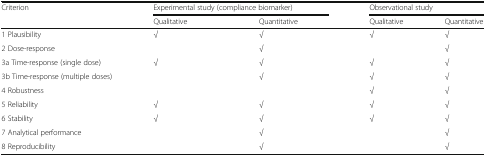
<table><thead><tr><td rowspan="2"><b>Criterion</b></td><td colspan="2"><b>Experimental study (compliance biomarker)</b></td><td colspan="2"><b>Observational study</b></td></tr><tr><td><b>Qualitative</b></td><td><b>Quantitative</b></td><td><b>Qualitative</b></td><td><b>Quantitative</b></td></tr></thead><tbody><tr><td>1 Plausibility</td><td>√</td><td>√</td><td>√</td><td>√</td></tr><tr><td>2 Dose-response</td><td>[EMPTY_CELL]</td><td>√</td><td>[EMPTY_CELL]</td><td>√</td></tr><tr><td>3a Time-response (single dose)</td><td>√</td><td>√</td><td>√</td><td>√</td></tr><tr><td>3b Time-response (multiple doses)</td><td>[EMPTY_CELL]</td><td>√</td><td>√</td><td>√</td></tr><tr><td>4 Robustness</td><td>[EMPTY_CELL]</td><td>[EMPTY_CELL]</td><td>√</td><td>√</td></tr><tr><td>5 Reliability</td><td>√</td><td>√</td><td>√</td><td>√</td></tr><tr><td>6 Stability</td><td>√</td><td>√</td><td>√</td><td>√</td></tr><tr><td>7 Analytical performance</td><td>[EMPTY_CELL]</td><td>√</td><td>[EMPTY_CELL]</td><td>√</td></tr><tr><td>8 Reproducibility</td><td>[EMPTY_CELL]</td><td>√</td><td>[EMPTY_CELL]</td><td>√</td></tr></tbody></table>